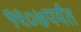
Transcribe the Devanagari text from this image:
१९०७पर्यंत